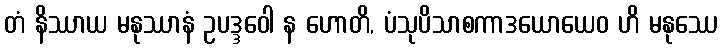
တံ နိဿာယ မနုဿာနံ ဥပဒ္ဒဝေါ န ဟောတိ, ပံသုပိသာစကာဒယောယေဝ ဟိ မနုဿေ